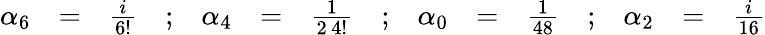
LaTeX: \begin{array}{rclcrclcrclcrcl}{{\alpha_{6}}}&{{=}}&{{\frac{i}{6!}}}&{{;}}&{{\alpha_{4}}}&{{=}}&{{\frac{1}{2\, 4!}}}&{{;}}&{{\alpha_{0}}}&{{=}}&{{\frac{1}{48}}}&{{;}}&{{\alpha_{2}}}&{{=}}&{{\frac{i}{16}}}\end{array}